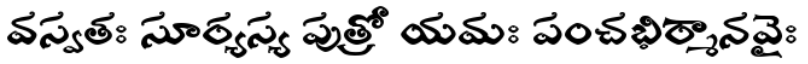
వస్వతః సూర్యస్య పుత్రో యమః పంచభిర్మానవైః